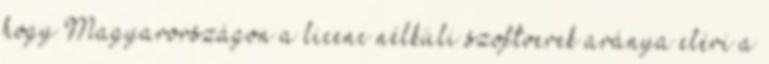
hogy Magyarországon a licenc nélküli szoftverek aránya eléri a